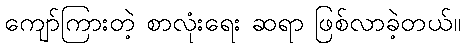
ကျော်ကြားတဲ့ စာလုံးရေး ဆရာ ဖြစ်လာခဲ့တယ်။